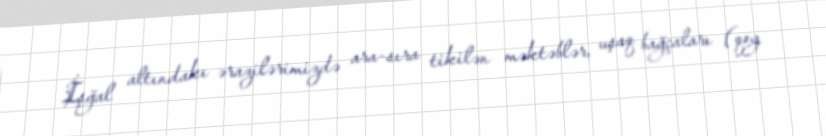
İşğal altındakı ərazilərimizdə ara-sıra tikilən məktəblər, uşaq bağçaları (qoy